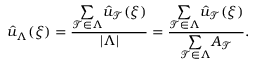
\hat { u } _ { \Lambda } ( \boldsymbol { \xi } ) = \frac { \underset { \mathcal { T } \in \Lambda } { \sum } \hat { u } _ { \mathcal { T } } ( \boldsymbol { \xi } ) } { | \Lambda | } = \frac { \underset { \mathcal { T } \in \Lambda } { \sum } \hat { u } _ { \mathcal { T } } ( \boldsymbol { \xi } ) } { \underset { \mathcal { T } \in \Lambda } { \sum } A _ { \mathcal { T } } } .